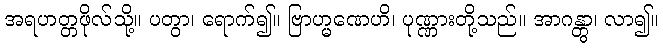
အရဟတ္တဖိုလ်သို့။ ပတွာ၊ ရောက်၍။ ဗြာဟ္မဏေဟိ၊ ပုဏ္ဏားတို့သည်။ အာဂန္တွာ၊ လာ၍။